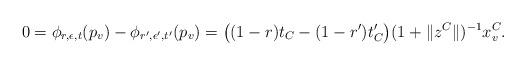
LaTeX: \begin{align*}0 = \phi_{r, \epsilon, t}(p_v) - \phi_{r', \epsilon', t'}(p_v)= \big((1-r)t_C - (1 - r')t'_C\big) (1 + \|z^C\|)^{-1} x^C_v.\end{align*}